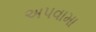
અપવામા